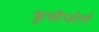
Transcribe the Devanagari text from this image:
क्रुसीफोर्म